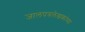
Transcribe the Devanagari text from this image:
जालपत्रलेखकांच्या